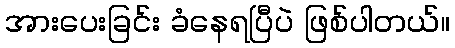
အားပေးခြင်း ခံနေရပြီပဲ ဖြစ်ပါတယ်။